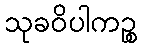
သုခဝိပါကဉ္စ